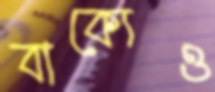
বাক্যেও